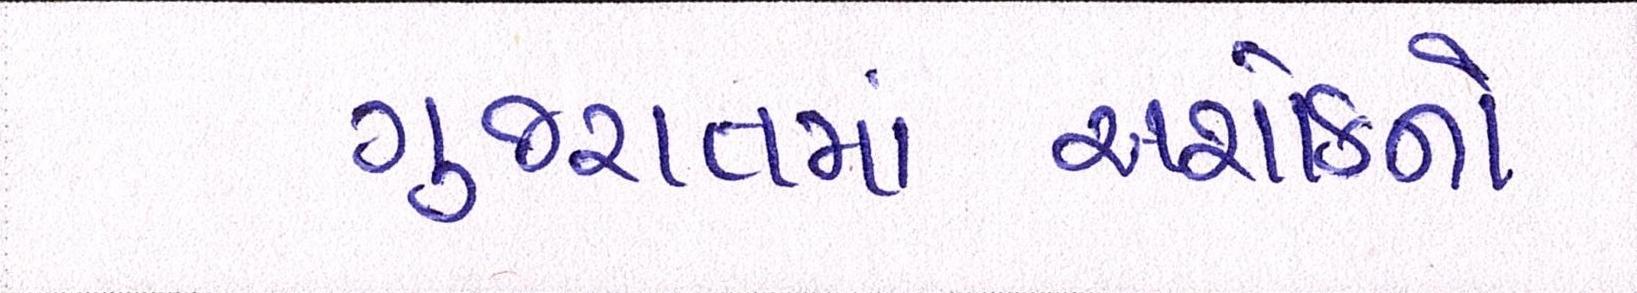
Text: ગુજરાતમાંઅશોકનો